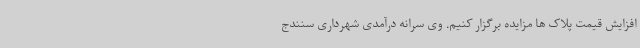
افزایش قیمت پلاک ها مزایده برگزار کنیم. وی سرانه درآمدی شهرداری سنندج